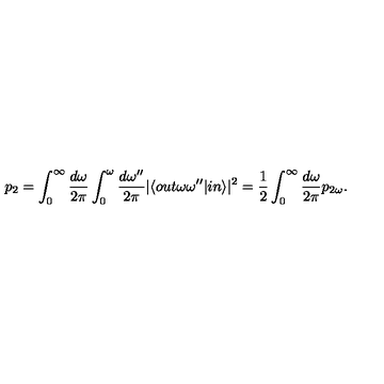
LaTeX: p _ { 2 } = \int _ { 0 } ^ { \infty } \frac { d \omega } { 2 \pi } \int _ { 0 } ^ { \omega } \frac { d \omega ^ { \prime \prime } } { 2 \pi } \vert \langle o u t \omega \omega ^ { \prime \prime } \vert i n \rangle \vert ^ { 2 } = \frac 1 2 \int _ { 0 } ^ { \infty } \frac { d \omega } { 2 \pi } p _ { 2 \omega } .